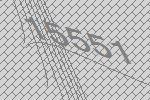
15551